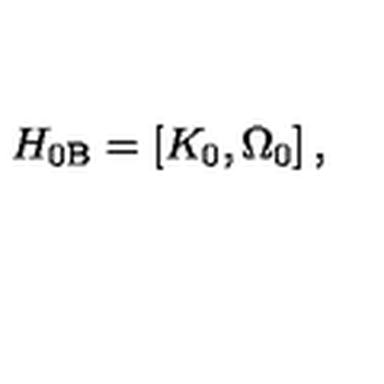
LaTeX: H _ { 0 \mathrm { B } } = \left[ K _ { 0 } , \Omega _ { 0 } \right] ,